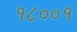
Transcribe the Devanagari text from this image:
१८००१